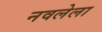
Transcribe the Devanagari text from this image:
नवलेला